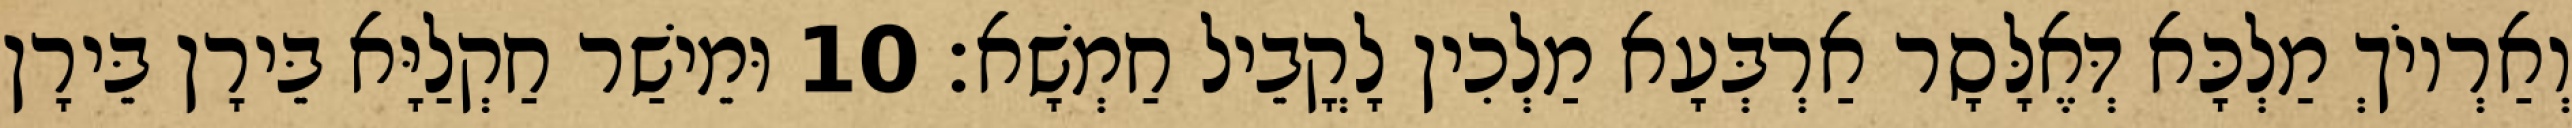
וְאַרְיוֹךְ מַלְכָּא דְּאֶלָּסָר אַרְבְּעָא מַלְכִין לָקֳבֵיל חַמְשָׁא׃ 10 וּמֵישַׁר חַקְלַיָּא בֵּירָן בֵּירָן